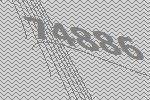
74886